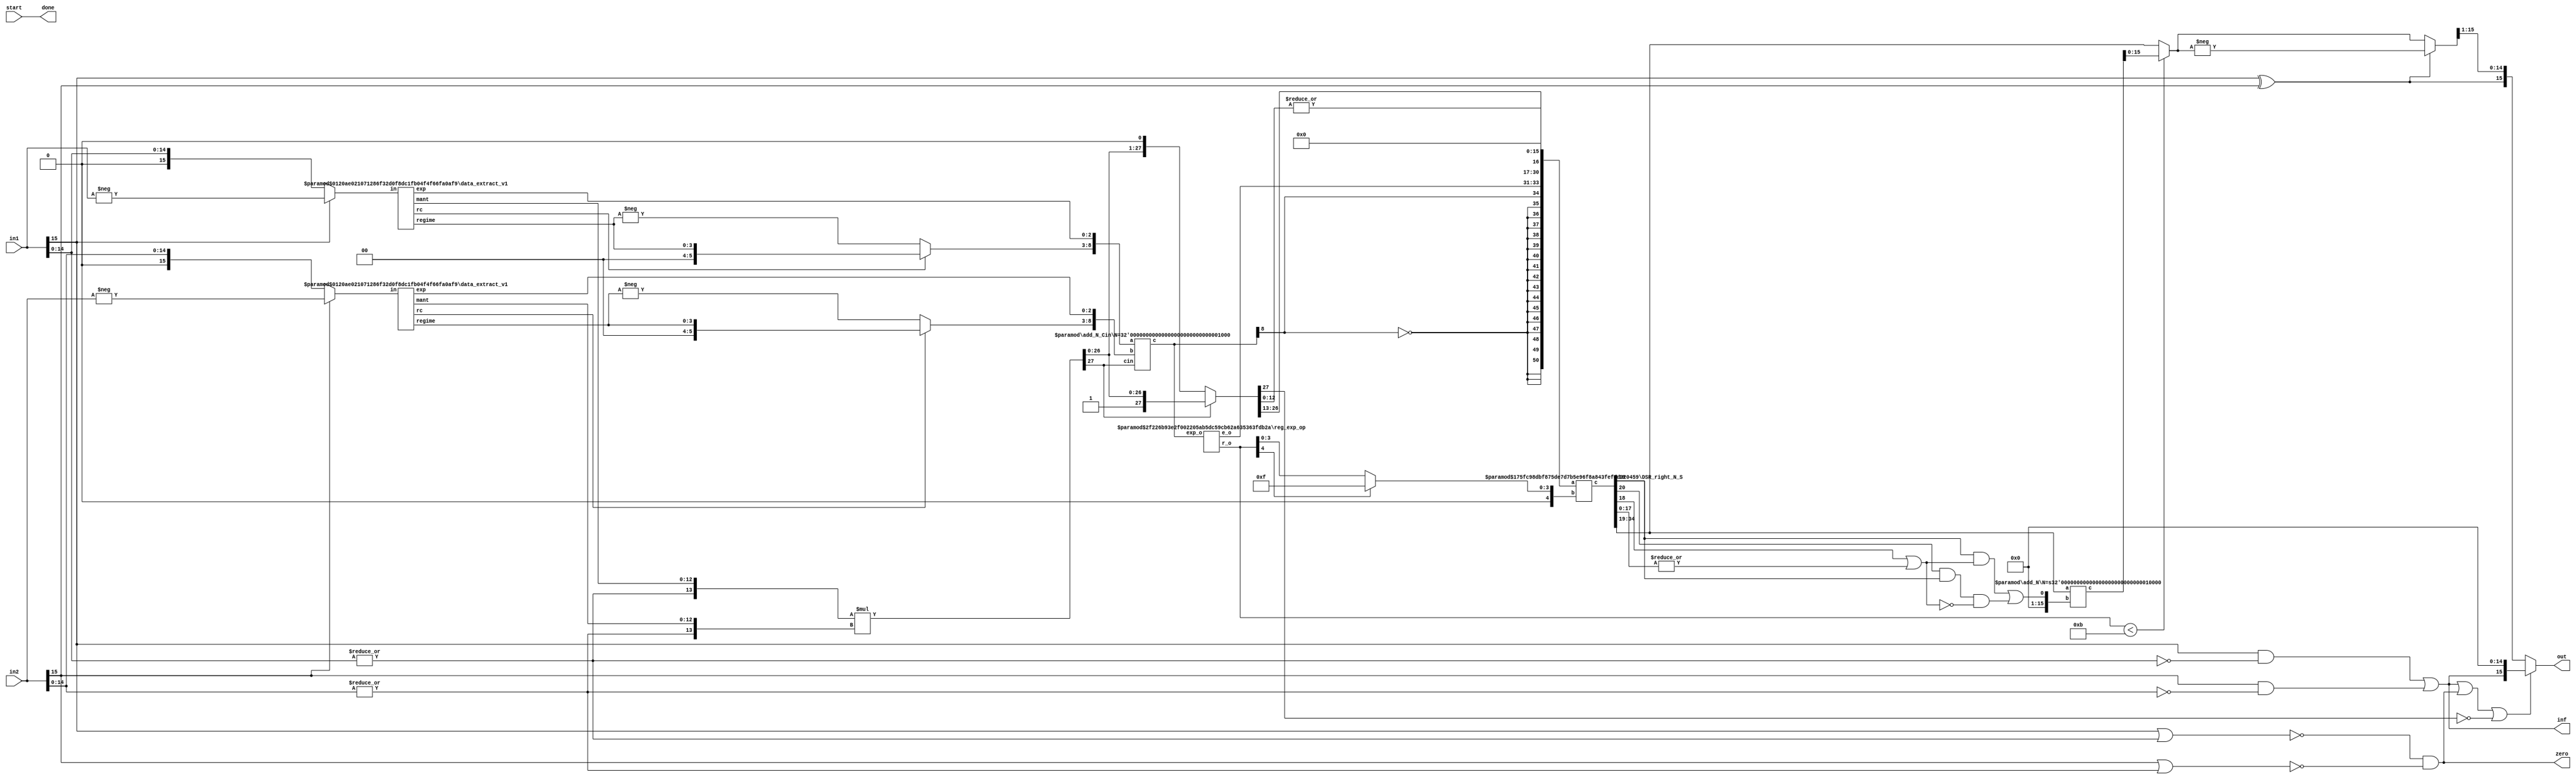
`timescale 1ns / 1ps
//(* use_dsp = "no" *)
module posit_mult(in1, in2, start, out, inf, zero, done);

function [31:0] log2;
input reg [31:0] value;
	begin
	value = value-1;
	for (log2=0; value>0; log2=log2+1)
        	value = value>>1;
      	end
endfunction

parameter N = 16;
parameter Bs = log2(N); 
parameter es = 3;

input [N-1:0] in1, in2;
input start; 
output [N-1:0] out;
output inf, zero;
output done;

wire start0= start;
wire s1 = in1[N-1];
wire s2 = in2[N-1];
wire zero_tmp1 = |in1[N-2:0];
wire zero_tmp2 = |in2[N-2:0];
wire inf1 = in1[N-1] & (~zero_tmp1),
	inf2 = in2[N-1] & (~zero_tmp2);
wire zero1 = ~(in1[N-1] | zero_tmp1),
	zero2 = ~(in2[N-1] | zero_tmp2);
assign inf = inf1 | inf2,
	zero = zero1 & zero2;

//Data Extraction
wire rc1, rc2;
wire [Bs-1:0] regime1, regime2;
wire [es-1:0] e1, e2;
wire [N-es-1:0] mant1, mant2;
wire [N-1:0] xin1 = s1 ? -in1 : in1;
wire [N-1:0] xin2 = s2 ? -in2 : in2;
data_extract_v1 #(.N(N),.es(es)) uut_de1(.in(xin1), .rc(rc1), .regime(regime1), .exp(e1), .mant(mant1));
data_extract_v1 #(.N(N),.es(es)) uut_de2(.in(xin2), .rc(rc2), .regime(regime2), .exp(e2), .mant(mant2));

wire [N-es:0] m1 = {zero_tmp1,mant1}, 
	m2 = {zero_tmp2,mant2};

//Sign, Exponent and Mantissa Computation
wire mult_s = s1 ^ s2;

wire [2*(N-es)+1:0] mult_m = m1*m2;
wire mult_m_ovf = mult_m[2*(N-es)+1];
wire [2*(N-es)+1:0] mult_mN = ~mult_m_ovf ? mult_m << 1'b1 : mult_m;

wire [Bs+1:0] r1 = rc1 ? {2'b0,regime1} : -regime1;
wire [Bs+1:0] r2 = rc2 ? {2'b0,regime2} : -regime2;
wire [Bs+es+1:0] mult_e;
add_N_Cin #(.N(Bs+es+1)) uut_add_exp ({r1,e1}, {r2,e2}, mult_m_ovf, mult_e);

//Exponent and Regime Computation
wire [es-1:0] e_o;
wire [Bs:0] r_o;
reg_exp_op #(.es(es), .Bs(Bs)) uut_reg_ro (mult_e[es+Bs+1:0], e_o, r_o);

//Exponent, Mantissa and GRS Packing
wire [2*N-1+3:0]tmp_o = {{N{~mult_e[es+Bs+1]}},mult_e[es+Bs+1],e_o,mult_mN[2*(N-es):2*(N-es)-(N-es-1)+1], mult_mN[2*(N-es)-(N-es-1):2*(N-es)-(N-es-1)-1], |mult_mN[2*(N-es)-(N-es-1)-2:0] }; 


//Including Regime bits in Exponent-Mantissa Packing
wire [3*N-1+3:0] tmp1_o;
DSR_right_N_S #(.N(3*N+3), .S(Bs+1)) dsr2 (.a({tmp_o,{N{1'b0}}}), .b(r_o[Bs] ? {Bs{1'b1}} : r_o), .c(tmp1_o));

//Rounding RNE : ulp_add = G.(R + S) + L.G.(~(R+S))
wire L = tmp1_o[N+4], G = tmp1_o[N+3], R = tmp1_o[N+2], St = |tmp1_o[N+1:0],
     ulp = ((G & (R | St)) | (L & G & ~(R | St)));
wire [N-1:0] rnd_ulp = {{N-1{1'b0}},ulp};

wire [N:0] tmp1_o_rnd_ulp;
add_N #(.N(N)) uut_add_ulp (tmp1_o[2*N-1+3:N+3], rnd_ulp, tmp1_o_rnd_ulp);
wire [N-1:0] tmp1_o_rnd = (r_o < N-es-2) ? tmp1_o_rnd_ulp[N-1:0] : tmp1_o[2*N-1+3:N+3];


//Final Output
wire [N-1:0] tmp1_oN = mult_s ? -tmp1_o_rnd : tmp1_o_rnd;
assign out = inf|zero|(~mult_mN[2*(N-es)+1]) ? {inf,{N-1{1'b0}}} : {mult_s, tmp1_oN[N-1:1]},
	done = start0;

endmodule

/////////////////////////
module data_extract_v1(in, rc, regime, exp, mant);

function [31:0] log2;
input reg [31:0] value;
	begin
	value = value-1;
	for (log2=0; value>0; log2=log2+1)
        	value = value>>1;
      	end
endfunction

parameter N=16;
parameter Bs=log2(N);
parameter es = 2;
input [N-1:0] in;
output rc;
output [Bs-1:0] regime;
output [es-1:0] exp;
output [N-es-1:0] mant;

wire [N-1:0] xin = in;
assign rc = xin[N-2];

wire [N-1:0] xin_r = rc ? ~xin : xin;

wire [Bs-1:0] k;
LOD_N #(.N(N)) xinst_k(.in({xin_r[N-2:0],rc^1'b0}), .out(k));

assign regime = rc ? k-1 : k;

wire [N-1:0] xin_tmp;
DSR_left_N_S #(.N(N), .S(Bs)) ls (.a({xin[N-3:0],2'b0}),.b(k),.c(xin_tmp));

assign exp= xin_tmp[N-1:N-es];
assign mant= xin_tmp[N-es-1:0];

endmodule


/////////////////
module sub_N (a,b,c);
parameter N=10;
input [N-1:0] a,b;
output [N:0] c;
assign c = {1'b0,a} - {1'b0,b};
endmodule

/////////////////////////
module add_N (a,b,c);
parameter N=10;
input [N-1:0] a,b;
output [N:0] c;
assign c = {1'b0,a} + {1'b0,b};
endmodule

/////////////////////////
module add_N_Cin (a,b,cin,c);
parameter N=10;
input [N:0] a,b;
input cin;
output [N:0] c;
assign c = a + b + cin;
endmodule


/////////////////////////
module add_1 (a,mant_ovf,c);
parameter N=10;
input [N:0] a;
input mant_ovf;
output [N:0] c;
assign c = a + mant_ovf;
endmodule

/////////////////////////
module conv_2c (a,c);
parameter N=10;
input [N:0] a;
output [N:0] c;
assign c = a + 1'b1;
endmodule

/////////////////////////
module reg_exp_op (exp_o, e_o, r_o);
parameter es=3;
parameter Bs=5;
input [es+Bs+1:0] exp_o;
output [es-1:0] e_o;
output [Bs:0] r_o;

assign e_o = exp_o[es-1:0];

wire [es+Bs:0] exp_oN_tmp;
conv_2c #(.N(es+Bs)) uut_conv_2c1 (~exp_o[es+Bs:0],exp_oN_tmp);
wire [es+Bs:0] exp_oN = exp_o[es+Bs+1] ? exp_oN_tmp[es+Bs:0] : exp_o[es+Bs:0];

assign r_o = (~exp_o[es+Bs+1] || |(exp_oN[es-1:0])) ? exp_oN[es+Bs:es] + 1 : exp_oN[es+Bs:es];
endmodule

/////////////////////////
module DSR_left_N_S(a,b,c);
        parameter N=16;
        parameter S=4;
        input [N-1:0] a;
        input [S-1:0] b;
        output [N-1:0] c;

wire [N-1:0] tmp [S-1:0];
assign tmp[0]  = b[0] ? a << 7'd1  : a; 
genvar i;
generate
	for (i=1; i<S; i=i+1)begin:loop_blk
		assign tmp[i] = b[i] ? tmp[i-1] << 2**i : tmp[i-1];
	end
endgenerate
assign c = tmp[S-1];

endmodule


/////////////////////////
module DSR_right_N_S(a,b,c);
        parameter N=16;
        parameter S=4;
        input [N-1:0] a;
        input [S-1:0] b;
        output [N-1:0] c;

wire [N-1:0] tmp [S-1:0];
assign tmp[0]  = b[0] ? a >> 7'd1  : a; 
genvar i;
generate
	for (i=1; i<S; i=i+1)begin:loop_blk
		assign tmp[i] = b[i] ? tmp[i-1] >> 2**i : tmp[i-1];
	end
endgenerate
assign c = tmp[S-1];

endmodule

/////////////////////////

module LOD_N (in, out);

  function [31:0] log2;
    input reg [31:0] value;
    begin
      value = value-1;
      for (log2=0; value>0; log2=log2+1)
	value = value>>1;
    end
  endfunction

parameter N = 64;
parameter S = log2(N); 
input [N-1:0] in;
output [S-1:0] out;

wire vld;
LOD #(.N(N)) l1 (in, out, vld);
endmodule


module LOD (in, out, vld);

  function [31:0] log2;
    input reg [31:0] value;
    begin
      value = value-1;
      for (log2=0; value>0; log2=log2+1)
	value = value>>1;
    end
  endfunction


parameter N = 64;
parameter S = log2(N);

   input [N-1:0] in;
   output [S-1:0] out;
   output vld;

  generate
    if (N == 2)
      begin
	assign vld = |in;
	assign out = ~in[1] & in[0];
      end
    else if (N & (N-1))
      //LOD #(1<<S) LOD ({1<<S {1'b0}} | in,out,vld);
      LOD #(1<<S) LOD ({in,{((1<<S) - N) {1'b0}}},out,vld);
    else
      begin
	wire [S-2:0] out_l, out_h;
	wire out_vl, out_vh;
	LOD #(N>>1) l(in[(N>>1)-1:0],out_l,out_vl);
	LOD #(N>>1) h(in[N-1:N>>1],out_h,out_vh);
	assign vld = out_vl | out_vh;
	assign out = out_vh ? {1'b0,out_h} : {out_vl,out_l};
      end
  endgenerate
endmodule